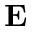
\textbf { E }